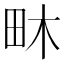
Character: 𤱃